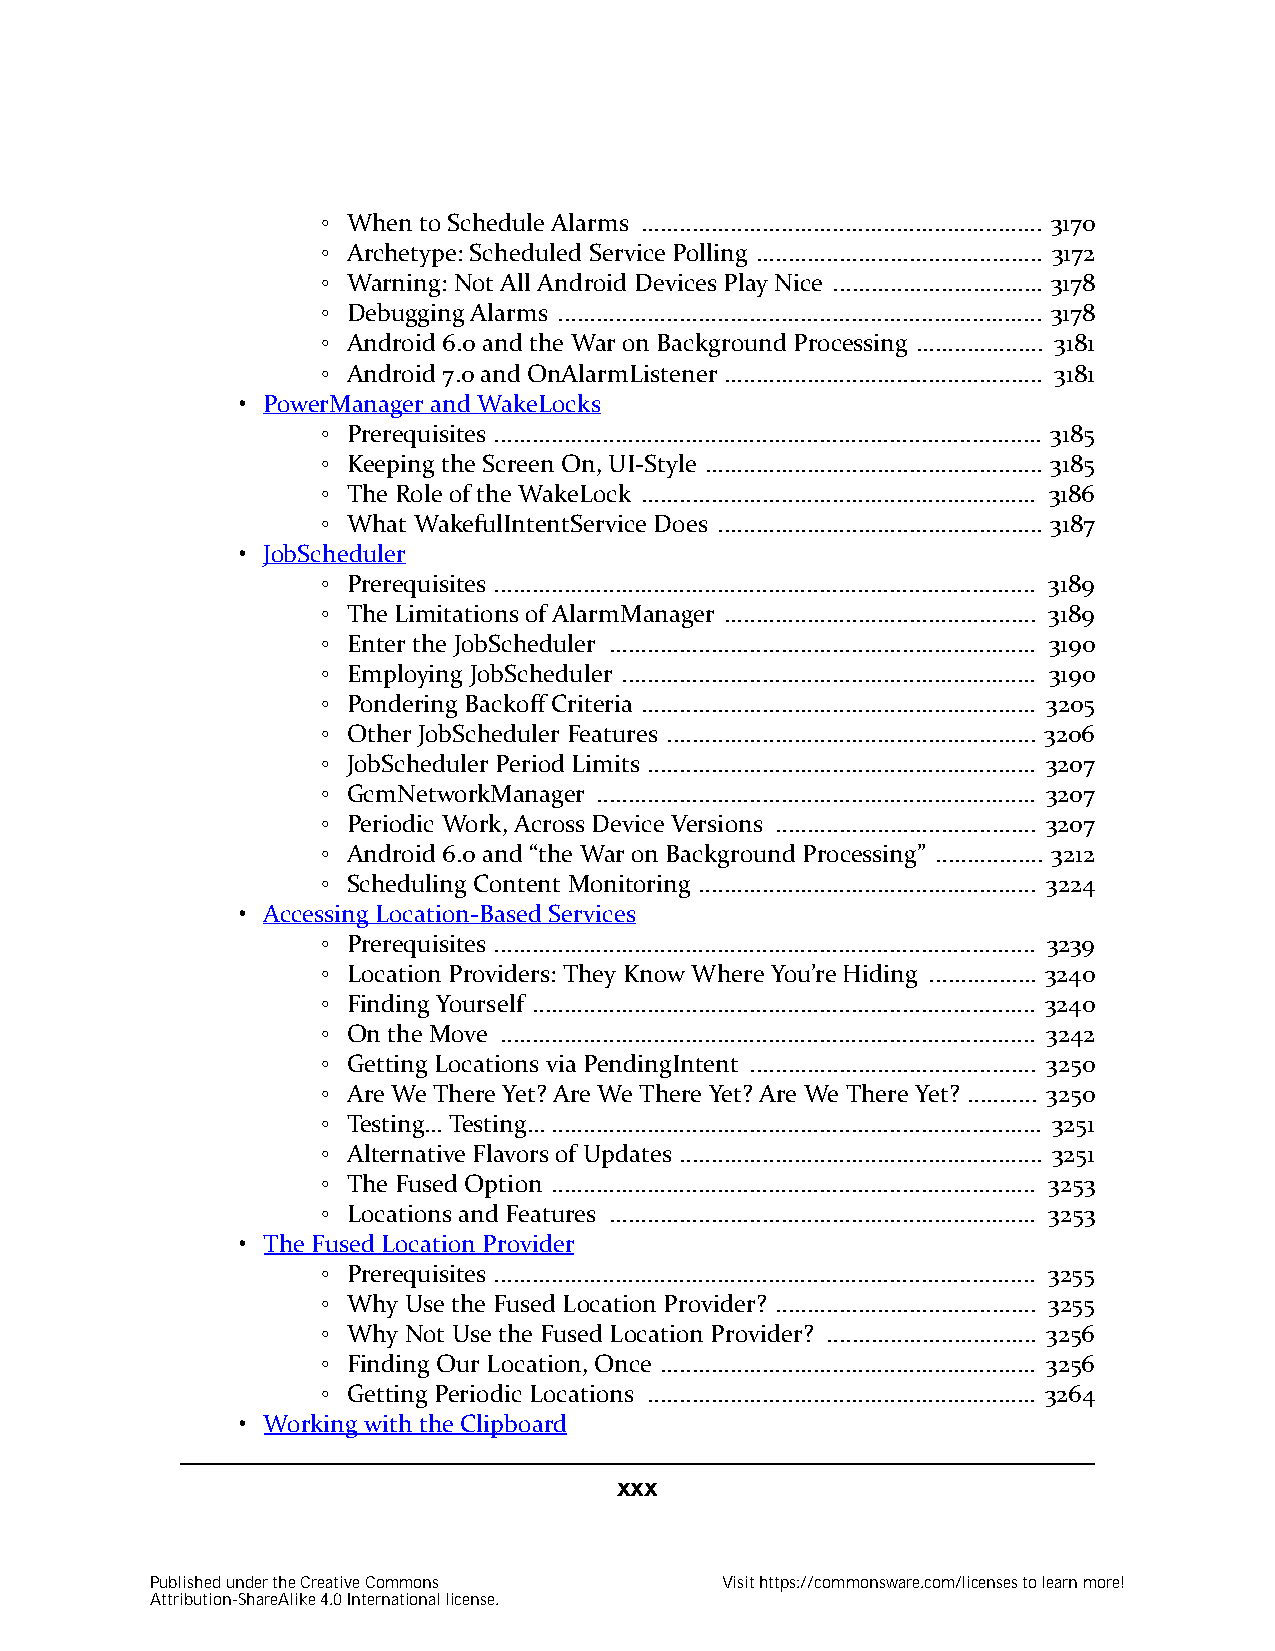
◦ When to Schedule Alarms ............................................................... 3170
 ◦ Archetype: Scheduled Service Polling ............................................. 3172
 ◦ Warning: Not All Android Devices Play Nice ................................. 3178
 ◦ Debugging Alarms ............................................................................ 3178
 ◦ Android 6.0 and the War on Background Processing .................... 3181
 ◦ Android 7.0 and OnAlarmListener .................................................. 3181
 • PowerManager and WakeLocks
 ◦ Prerequisites ...................................................................................... 3185
 ◦ Keeping the Screen On, UI-Style ..................................................... 3185
 ◦ The Role of the WakeLock .............................................................. 3186
 ◦ What WakefulIntentService Does ................................................... 3187
 • JobScheduler
 ◦ Prerequisites ..................................................................................... 3189
 ◦ The Limitations of AlarmManager ................................................. 3189
 ◦ Enter the JobScheduler ................................................................... 3190
 ◦ Employing JobScheduler ................................................................. 3190
 ◦ Pondering Backoff Criteria .............................................................. 3205
 ◦ Other JobScheduler Features .......................................................... 3206
 ◦ JobScheduler Period Limits ............................................................. 3207
 ◦ GcmNetworkManager ..................................................................... 3207
 ◦ Periodic Work, Across Device Versions ......................................... 3207
 ◦ Android 6.0 and “the War on Background Processing” ................. 3212
 ◦ Scheduling Content Monitoring ..................................................... 3224
 • Accessing Location-Based Services
 ◦ Prerequisites ..................................................................................... 3239
 ◦ Location Providers: They Know Where You’re Hiding ................. 3240
 ◦ Finding Yourself ............................................................................... 3240
 ◦ On the Move .................................................................................... 3242
 ◦ Getting Locations via PendingIntent ............................................. 3250
 ◦ Are We There Yet? Are We There Yet? Are We There Yet? ........... 3250
 ◦ Testing… Testing… ............................................................................. 3251
 ◦ Alternative Flavors of Updates ......................................................... 3251
 ◦ The Fused Option ............................................................................ 3253
 ◦ Locations and Features ................................................................... 3253
 • The Fused Location Provider
 ◦ Prerequisites ..................................................................................... 3255
 ◦ Why Use the Fused Location Provider? ......................................... 3255
 ◦ Why Not Use the Fused Location Provider? ................................. 3256
 ◦ Finding Our Location, Once ........................................................... 3256
 ◦ Getting Periodic Locations ............................................................. 3264
 • Working with the Clipboard
 xxx
 Published under the Creative Commons  Visit https://commonsware.com/licenses to learn more!
 Attribution-ShareAlike 4.0 International license.